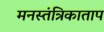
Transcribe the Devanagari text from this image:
मनस्तंत्रिकाताप